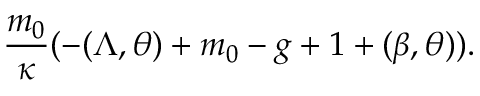
\frac { m _ { 0 } } { \kappa } ( - ( \Lambda , \theta ) + m _ { 0 } - g + 1 + ( \beta , \theta ) ) .